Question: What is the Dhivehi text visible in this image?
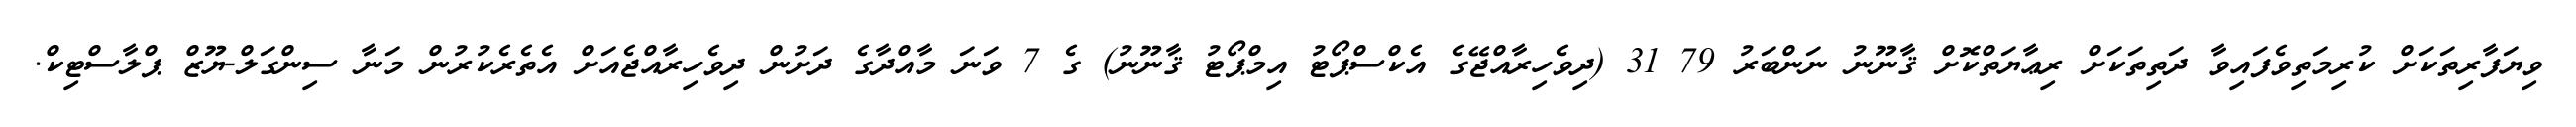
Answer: ވިޔަފާރިތަކަށް ކުރިމަތިވެފައިވާ ދަތިތަކަށް ރިޢާޔަތްކޮށް ޤާނޫނު ނަންބަރު 79 31 (ދިވެހިރާއްޖޭގެ އެކްސްޕޯޓު އިމްޕޯޓު ޤާނޫނު) ގެ 7 ވަނަ މާއްދާގެ ދަށުން ދިވެހިރާއްޖެއަށް އެތެރެކުރުން މަނާ ސިންގަލް-ޔޫޒް ޕްލާސްޓިކް.